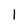
Character: l